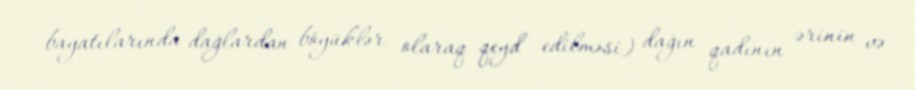
bayatılarında dağlardan böyüklər olaraq qeyd edilməsi) dağın qadının ərinin və